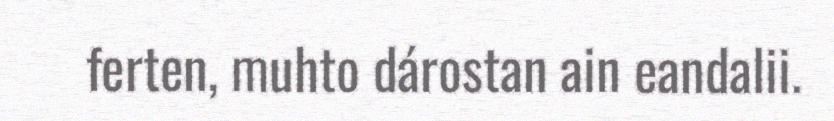
ferten, muhto dárostan ain eandalii.